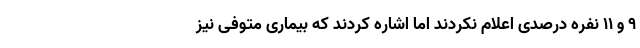
۹ و ۱۱ نفره درصدی اعلام نکردند اما اشاره کردند که بیماری متوفی نیز